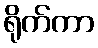
ရိုက်ကာ